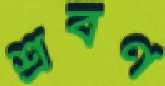
শ্রবণ